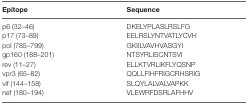
| Epitope | Sequence |
 | --- | --- |
 | p6 (32–46) | DKELYPLASLRSLFG |
 | p17 (73–89) | EELRSLYNTVATLYCVH |
 | pol (785–799) | GKIILVAVHVASGYI |
 | gp160 (188–201) | NTSYRLISCNTSVI |
 | rev (11–27) | ELLKTVRLIKFLYQSNP |
 | vpr3 (65–82) | QQLLFIHFRIGCRHSRIG |
 | vif (144–158) | SLQYLALVALVAPKK |
 | nef (180–194) | VLEWRFDSRLAFHHV |